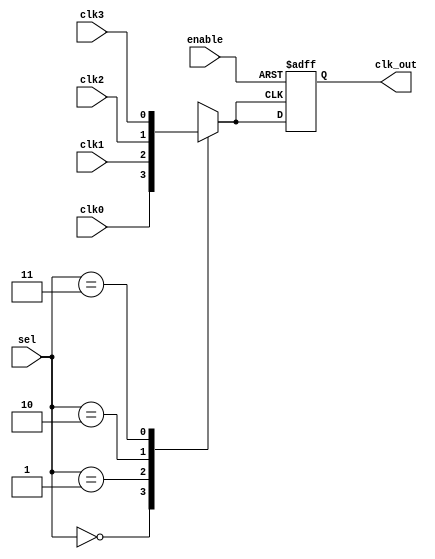
module ClockMultiplexerBuffer (
    input wire clk0,         // Input clock 0
    input wire clk1,         // Input clock 1
    input wire clk2,         // Input clock 2
    input wire clk3,         // Input clock 3
    input wire [1:0] sel,    // 2-bit selection signal
    input wire enable,       // Enable signal
    output reg clk_out       // Buffered output clock
);

// Internal signal to hold the selected clock
reg selected_clk;

// Clock selection logic
always @(*) begin
    case (sel)
        2'b00: selected_clk = clk0;
        2'b01: selected_clk = clk1;
        2'b10: selected_clk = clk2;
        2'b11: selected_clk = clk3;
        default: selected_clk = 1'b0; // Default case
    endcase
end

// Output clock buffering and enable control
always @(posedge selected_clk or negedge enable) begin
    if (!enable) begin
        clk_out <= 1'b0; // Hold output low when disabled
    end else begin
        clk_out <= selected_clk; // Buffer the selected clock
    end
end

endmodule